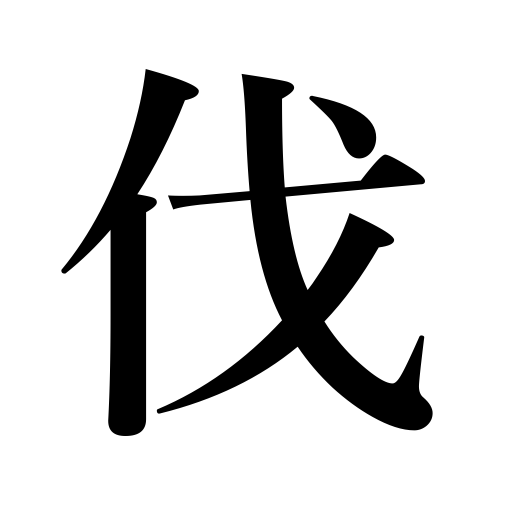
Meanings: punish,attack,strike